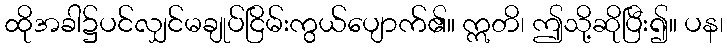
ထိုအခါ၌ပင်လျှင်မချုပ်ငြိမ်းကွယ်ပျောက်၏။ ဣတိ၊ ဤသို့ဆိုပြီး၍။ ပန၊